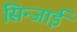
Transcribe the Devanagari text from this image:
सिन्जाई